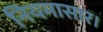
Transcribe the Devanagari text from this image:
नियमासार।